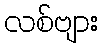
လစ်ဗျား